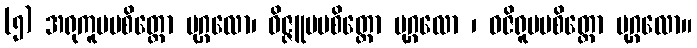
(၅) အရုကူပမစိတ္တော ပုဂ္ဂလော၊ ဝိဇ္ဇူပမစိတ္တော ပုဂ္ဂလော ၊ ဝဇိရူပမစိတ္တော ပုဂ္ဂလော။